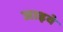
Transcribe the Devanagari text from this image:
जाइवे